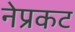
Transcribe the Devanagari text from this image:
नेप्रकट